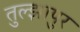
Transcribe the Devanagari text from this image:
तुल्झापुर